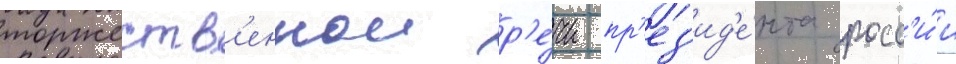
торжеств'еннои р'е́чи пр'ез'ид'е́нта росс'и́и